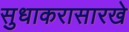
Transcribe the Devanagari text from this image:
सुधाकरासारखे